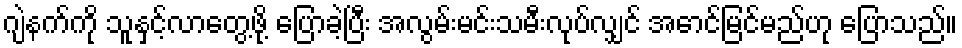
ဂျဲနက်ကို သူနှင့်လာတွေ့ဖို့ ပြောခဲ့ပြီး အလွမ်းမင်းသမီးလုပ်လျှင် အောင်မြင်မည်ဟု ပြောသည်။